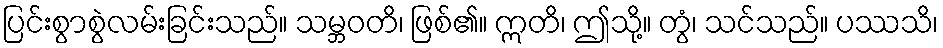
ပြင်းစွာစွဲလမ်းခြင်းသည်။ သမ္ဘဝတိ၊ ဖြစ်၏။ ဣတိ၊ ဤသို့။ တွံ၊ သင်သည်။ ပဿသိ၊